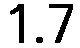
1.7